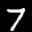
Label: 7